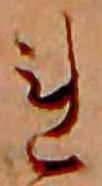
れ